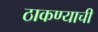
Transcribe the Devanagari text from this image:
ठाकण्याची